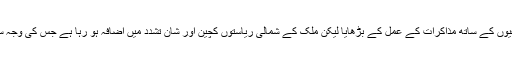
برما کی حکومت نے مسلح نسلی باغیوں کے ساتھ مذاکرات کے عمل کے بڑھایا لیکن ملک کے شمالی ریاستوں کچین اور شان تشدد میں اضافہ ہو رہا ہے جس کی وجہ سے ہزاروں لوگ بے گھر ہوئے ہیں۔